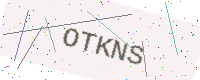
Text: OTKNS